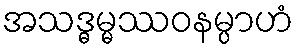
အသဒ္ဓမ္မဿဝနမ္ပာဟံ